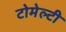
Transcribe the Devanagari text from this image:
टोमेल्टी